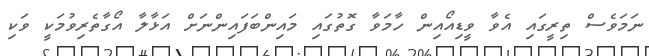
ނަމަވެސް ތިރީގައި އެވާ ވީޑިއޯއިން ހާމަވާ ގޮތުގައި މައިންބަފައިންނަށް އަޅާލާ އޯގާތެރިވުމަކީ ވަކި